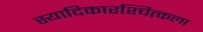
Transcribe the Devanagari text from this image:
स्यादिकारश्चित्कला